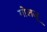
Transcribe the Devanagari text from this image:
गोलजू